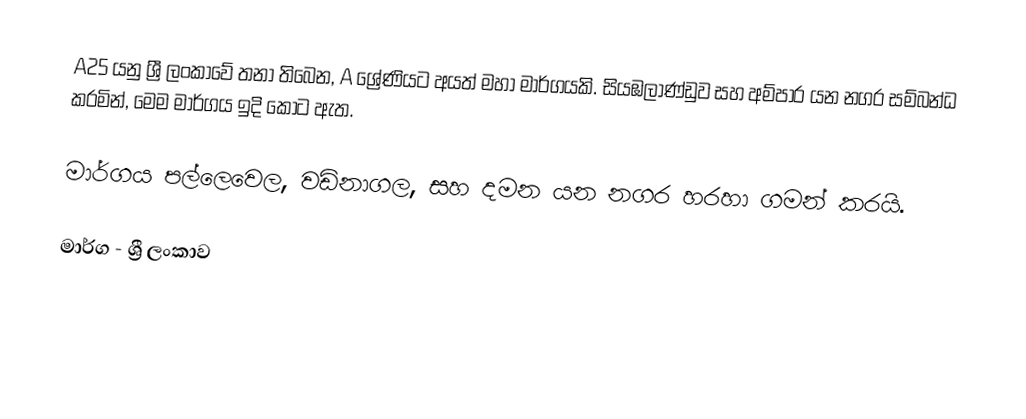
A25 යනු ශ්‍රී ලංකාවේ තනා තිබෙන, A ශ්‍රේණියට අයත් මහා මාර්ගයකි. සියඹලාණ්ඩුව සහ අම්පාර යන නගර සම්බන්ධ කරමින්, මෙම මාර්ගය ඉදි කොට ඇත.

මාර්ගය පල්ලෙවෙල, වඩිනාගල, සහ දමන යන නගර හරහා ගමන් කරයි.

මාර්ග - ශ්‍රී ලංකාව